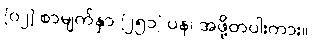
[၀၂] စာမျက်နှာ [၂၅၁] ပန၊ အဖို့တပါးကား။